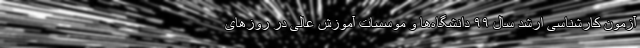
آزمون کارشناسی ارشد سال ۹۹ دانشگاه‌ها و موسسات آموزش عالی در روزهای